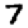
Digit: 7